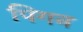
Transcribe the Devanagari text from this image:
पिगन